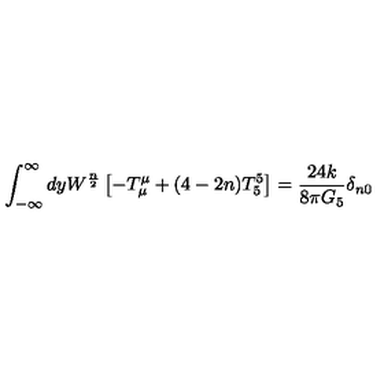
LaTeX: \int _ { - \infty } ^ { \infty } d y W ^ { \frac { n } { 2 } } \left[ - T _ { \mu } ^ { \mu } + ( 4 - 2 n ) T _ { 5 } ^ { 5 } \right] = \frac { 2 4 k } { 8 \pi G _ { 5 } } \delta _ { n 0 }